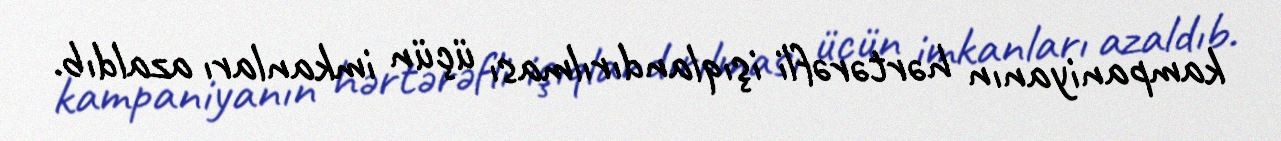
kampaniyanın hərtərəfli işıqlandırılması üçün imkanları azaldıb.